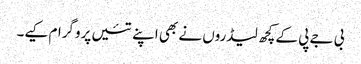
بی جے پی کے کچھ لیڈروں نے بھی اپنے تئیں پروگرام کیے۔